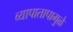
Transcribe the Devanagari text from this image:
व्यापातापामुळे